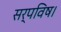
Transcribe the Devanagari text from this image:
सर्पविष।